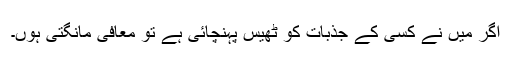
اگر میں نے کسی کے جذبات کو ٹھیس پہنچائی ہے تو معافی مانگتی ہوں۔